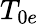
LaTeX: T_{0e}